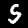
Label: 5